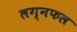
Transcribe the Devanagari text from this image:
लग्नफल